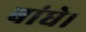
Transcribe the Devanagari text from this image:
बांधे।